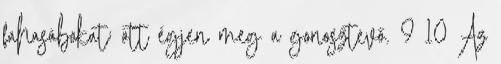
fahasábokat; ott égjen meg a gonosztevő. 9 10 Az